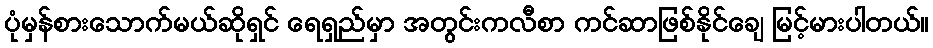
ပုံမှန်စားသောက်မယ်ဆိုရှင် ရေရှည်မှာ အတွင်းကလီစာ ကင်ဆာဖြစ်နိုင်ချေ မြင့်မားပါတယ်။